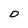
Character: D